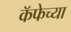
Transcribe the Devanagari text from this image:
कॅफेच्या